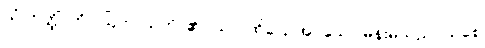
ယံ ဣတ္ထိံ၊ ကို။ ဩဘာသတိ၊ ၏။ သာ၊ ထိုပြောအပ်သော မိန်းမသည်။ သစေ